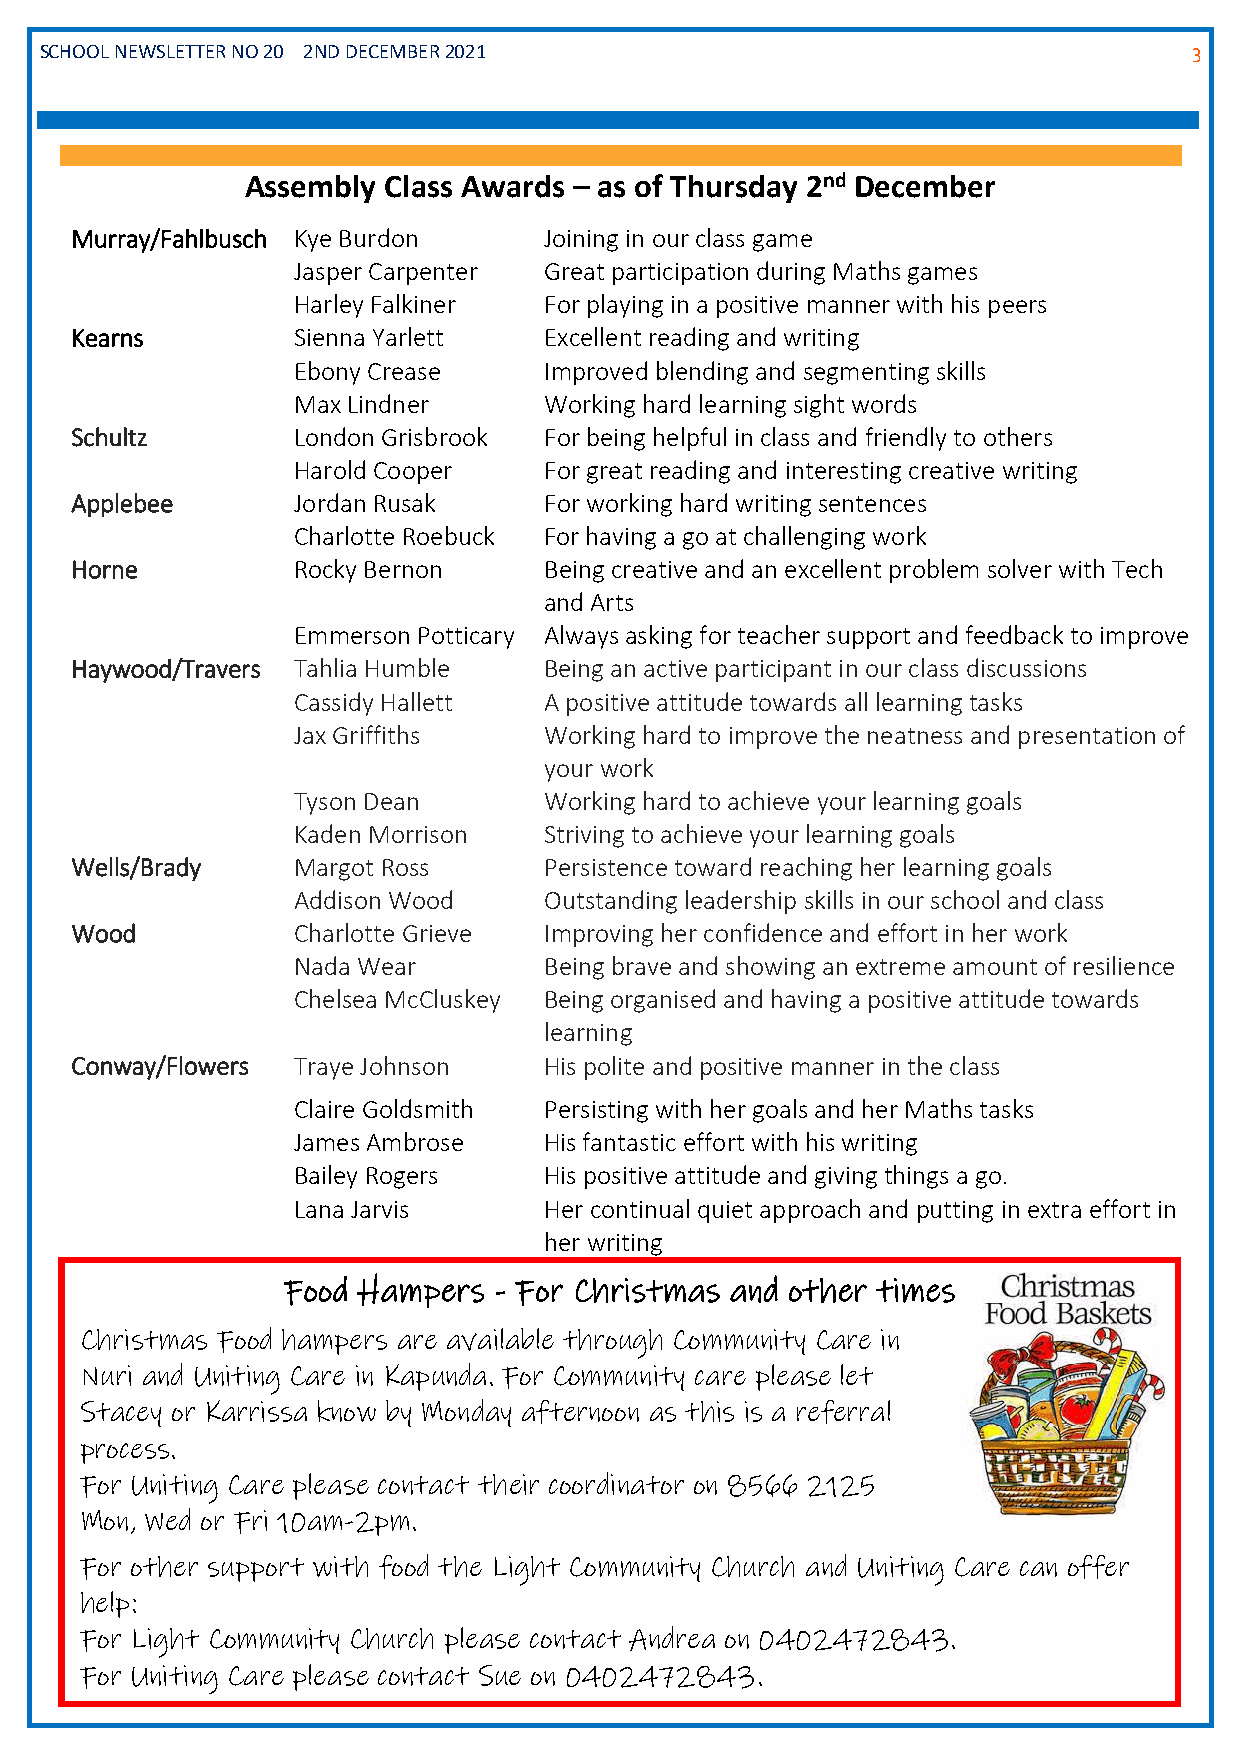
SCHOOL NEWSLETTER NO 20 2ND DECEMBER 2021 Issue                             3
 Assembly Class Awards – as of Thursday 2nd December
 Murray/Fahlbusch Kye Burdon    Joining in our class game
 Jasper Carpenter Great participation during Maths games
 Harley Falkiner  For playing in a positive manner with his peers
 Kearns        Sienna Yarlett   Excellent reading and writing
 Ebony Crease     Improved blending and segmenting skills
 Max Lindner      Working hard learning sight words
 Schultz       London Grisbrook For being helpful in class and friendly to others
 Harold Cooper    For great reading and interesting creative writing
 Applebee      Jordan Rusak     For working hard writing sentences
 Charlotte Roebuck For having a go at challenging work
 Horne         Rocky Bernon     Being creative and an excellent problem solver with Tech
 and Arts
 Emmerson Potticary Always asking for teacher support and feedback to improve
 Haywood/Travers Tahlia Humble  Being an active participant in our class discussions
 Cassidy Hallett  A positive attitude towards all learning tasks
 Jax Griffiths    Working hard to improve the neatness and presentation of
 your work
 Tyson Dean       Working hard to achieve your learning goals
 Kaden Morrison   Striving to achieve your learning goals
 Wells/Brady   Margot Ross      Persistence toward reaching her learning goals
 Addison Wood     Outstanding leadership skills in our school and class
 Wood          Charlotte Grieve Improving her confidence and effort in her work
 Nada Wear        Being brave and showing an extreme amount of resilience
 Chelsea McCluskey Being organised and having a positive attitude towards
 learning
 Conway/Flowers Traye Johnson   His polite and positive manner in the class
 Claire Goldsmith Persisting with her goals and her Maths tasks
 James Ambrose    His fantastic effort with his writing
 Bailey Rogers    His positive attitude and giving things a go.
 Lana Jarvis      Her continual quiet approach and putting in extra effort in
 her writing
 Food Hampers  - For Christmas and other times
 Christmas Food hampers are available through Community Care in
 Nuri and Uniting Care in Kapunda. For Community care please let
 Stacey or Karrissa know by Monday afternoon as this is a referral
 process.
 For Uniting Care please contact their coordinator on 8566 2125
 Mon, Wed or Fri 10am-2pm.
 For other support with food the Light Community Church and Uniting Care can offer
 help:
 For Light Community Church please contact Andrea on 0402472843.
 For Uniting Care please contact Sue on 0402472843.